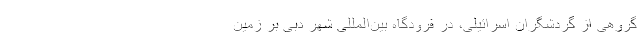
گروهی از گردشگران اسرائیلی، در فرودگاه بین‌المللی شهر دبی بر زمین